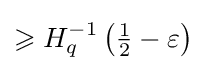
\geqslant H_{q}^{-1}\left({\tfrac {1}{2}}-\varepsilon \right)